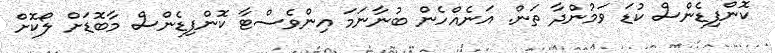
ކޮންފިޑެންސް ކުޑަ ވަމުންދާ ތަން. އަނެއްހެން ބުނާނަމަ އިންވެސްޓާ ކޮންފިޑެންސް މާބޮޑަށް ލޯކޮށް